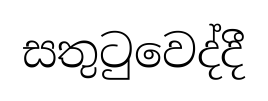
සතුටුවෙද්දී